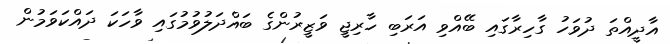
އާދީއްތަ ދުވަހު ގާހިރާގައި ބޭއްވި އަރަބި ހާރިޖީ ވަޒީރުންގެ ބައްދަލުވުމުގައި ވާހަކަ ދައްކަވަމުން